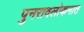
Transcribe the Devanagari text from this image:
पुनरावलोकनात